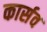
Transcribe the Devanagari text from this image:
कार्सव